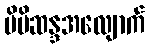
မိမိဆန္ဒအလျောက်